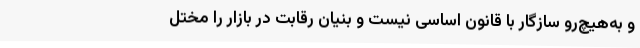
و به‌هیچ‌رو سازگار با قانون اساسی نیست و بنیان رقابت در بازار را مختل